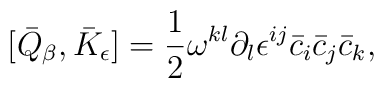
[\bar Q_{\beta}, \bar K_{\epsilon}]= \frac{1}{2}\omega^{kl}\partial_l\epsilon^{ij}\bar c_i\bar c_j\bar c_k,